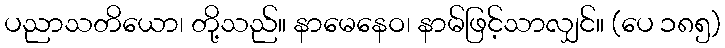
ပညာသတိယော၊ တို့သည်။ နာမေနေဝ၊ နာမ်ဖြင့်သာလျှင်။ (ပေ ၁၈၅)